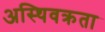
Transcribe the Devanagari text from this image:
अस्थिवक्रता